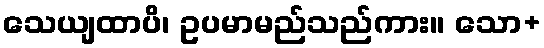
သေယျထာပိ၊ ဥပမာမည်သည်ကား။ သော+